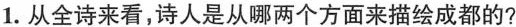
1.从全诗来看，诗人是从哪两个方面来描绘成都的?